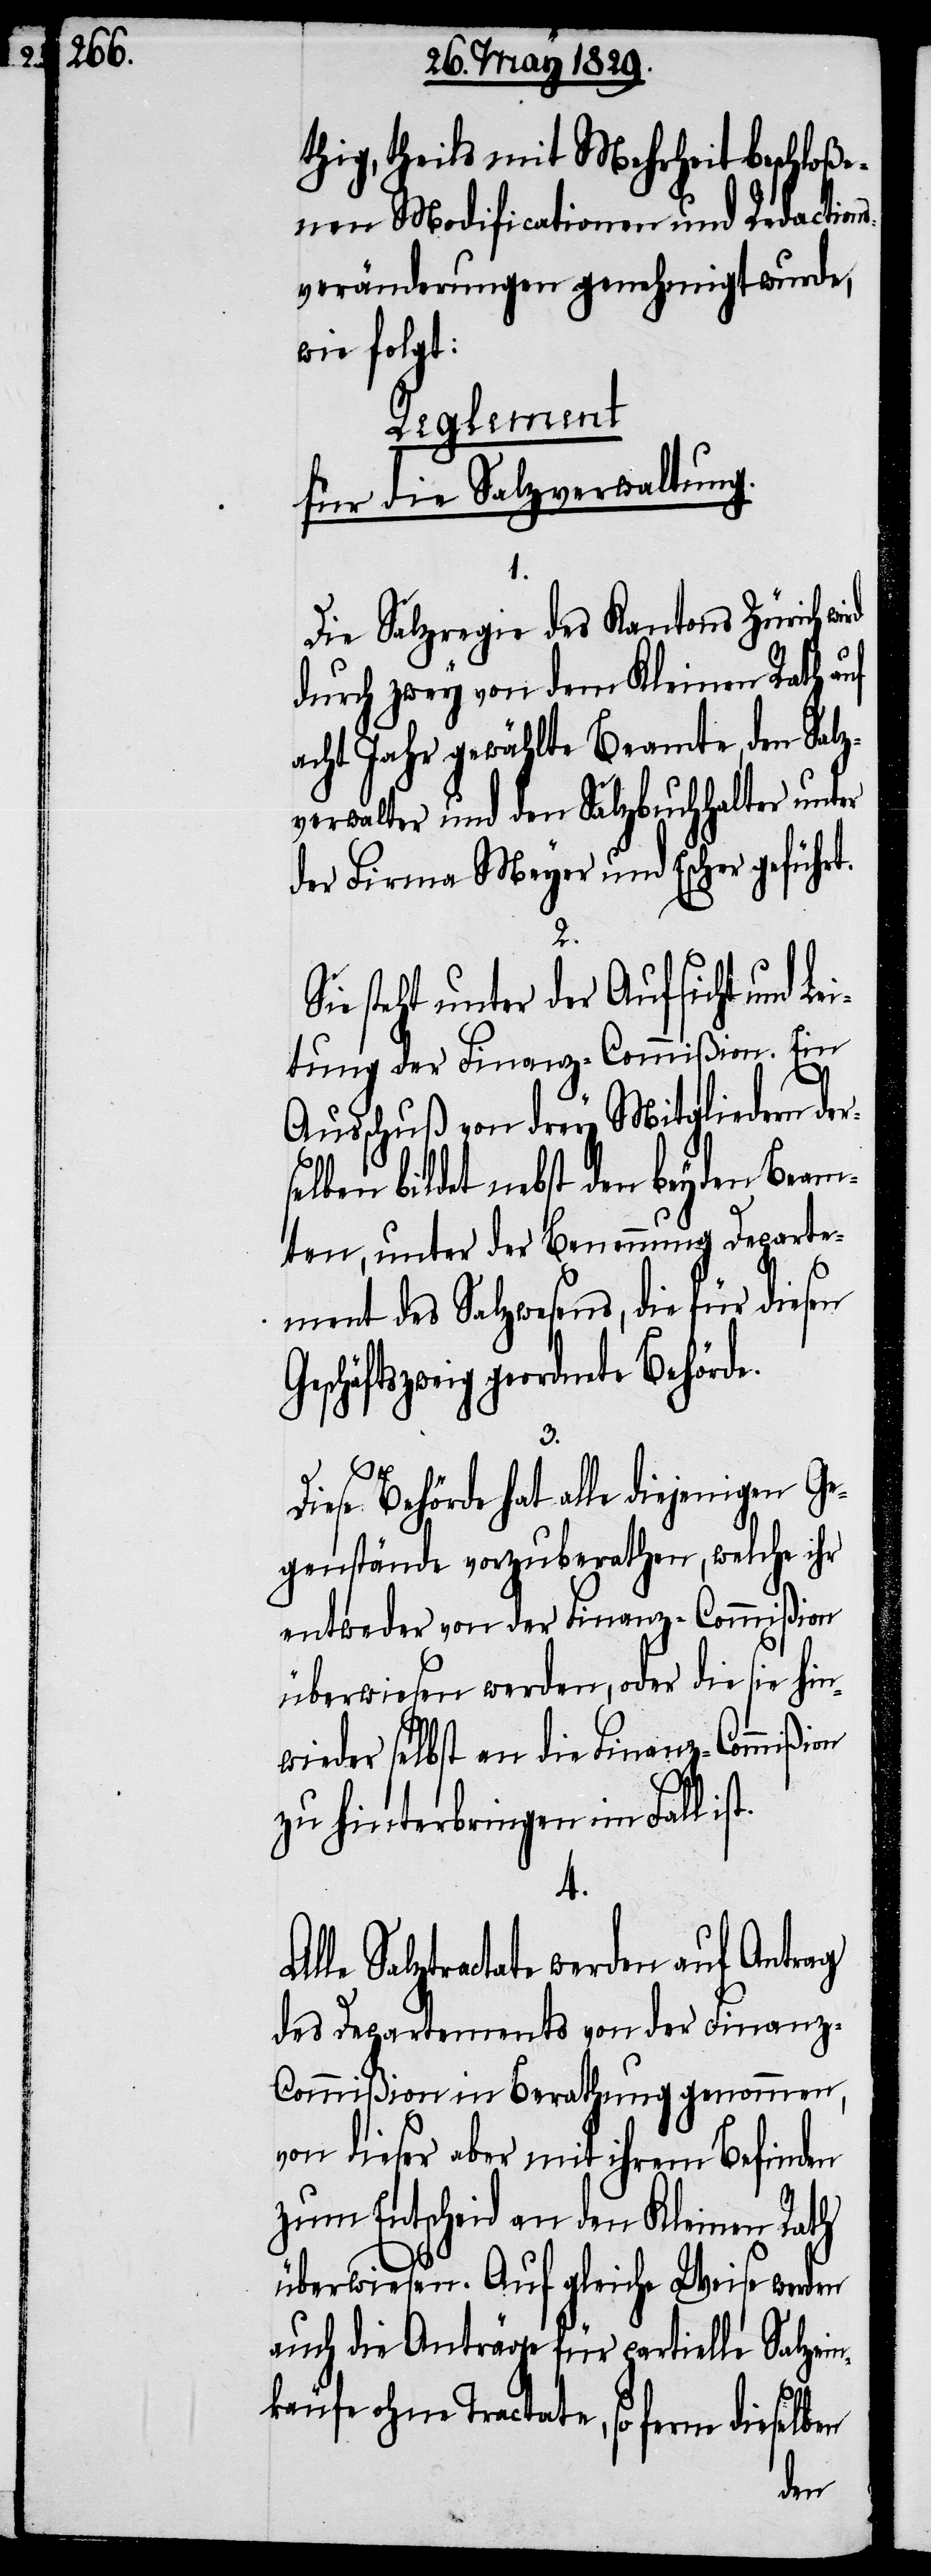
thig, theils mit Mehrheit beschloße¬
nen Modificationen und Redaction¬
sveränderungen genehmigt wurde,
wie folgt:
Reglement
für die Salzverwaltung.
A¬
Die Salzregie des Kantons Zürich wi¬
durch zwey von dem Kleinen Rath auf
acht Jahr gewählte Beamte, den Salz¬
verwalter und den Salzbuchhalter unter
der Firma Meyer und Escher geführt.
2.
Sie steht unter der Aufsicht und Le¬
itung der Finanz-Commißion. Ein
Ausschuß von drey Mitgliedern der¬
selben bildet nebst den beyden Beam¬
ten, unter der Benennung Departe¬
ment des Salzwesens, die für diesen
eschäftszweig geordnete Behörde.
3.
Diese Behörde hat alle diejenigen Ge¬
genstände vorzuberathen, welche ihr
entweder von der Finanz-Commißion
überwiesen werden, oder die sie hin¬
wieder selbst an die Finanz-Commißion
zu hinterbringen im Fall is¬
4.
lle Salztractate werden auf den
des Departements von der Finan¬
z-Commißion in Berathung genommen,
von dieser aber mit ihrem Befinden
zum Entscheid an den Kleinen Rath
überwiesen. Auf gleiche Weise werden
auch die Anträge für partielle Salzein¬
käufe ohne Tractate, so ferne dieselben